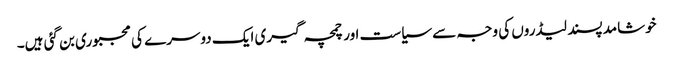
خوشامد پسند لیڈروں کی وجہ سے سیاست اور چمچہ گیری ایک دوسرے کی مجبوری بن گئی ہیں۔